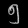
Digit: ၅